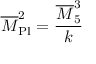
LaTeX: \overline { { M } } _ { \mathrm { P l } } ^ { 2 } = { \frac { \overline { { M } } _ { 5 } ^ { 3 } } { k } } \,